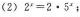
（2）$$2 ^ { x } = 2 \cdot 5 ^ { x }$$ ；